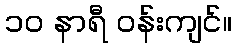
၁၀ နာရီ ဝန်းကျင်။